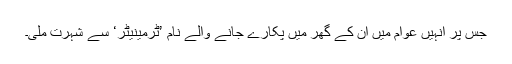
جس پر انہیں عوام میں اْن کے گھر میں پکارے جانے والے نام ’ٹرمینیٹر‘ سے شہرت ملی۔